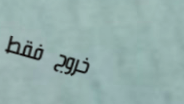
خروج فقط